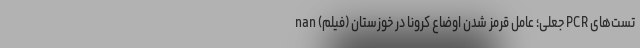
تست‌های PCR جعلی؛ عامل قرمز شدن اوضاع کرونا در خوزستان (فیلم) nan